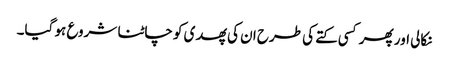
نکالی اور پھر کسی کتے کی طرح ان کی پھدی کو چاٹنا شروع ہو گیا۔